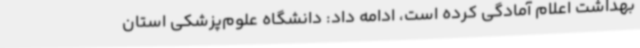
بهداشت اعلام آمادگی کرده است، ادامه داد: دانشگاه علوم‌پزشکی استان